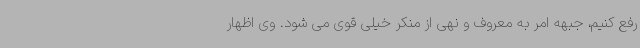
رفع کنیم، جبهه امر به معروف و نهی از منکر خیلی قوی می شود. وی اظهار